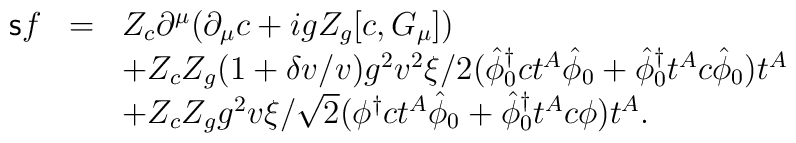
\begin{array}{rcl}{\sf s}f&=&Z_c\partial^{\mu}(\partial_{\mu}c+igZ_g[c,G_{\mu}])\\&&+Z_cZ_g(1+\delta v/v)g^2v^2\xi/2(\hat{\phi}_0^{\dagger}ct^A\hat{\phi}_0+\hat{\phi}_0^{\dagger}t^Ac\hat{\phi}_0)t^A \\&&+Z_cZ_gg^2v\xi/\sqrt{2}(\phi^{\dagger}ct^A\hat{\phi}_0+\hat{\phi}_0^{\dagger}t^Ac\phi)t^A.\end{array}